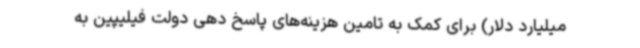
میلیارد دلار) برای کمک به تامین هزینه‌های پاسخ دهی دولت فیلیپین به